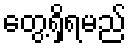
တွေ့ရှိရမည်